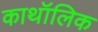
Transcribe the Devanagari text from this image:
काथॉलिक